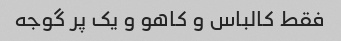
فقط کالباس و کاهو و یک پر گوجه